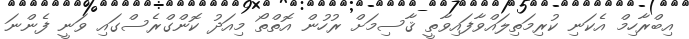
އިބްރާހިމް އެކަނި ކުރިމަތިލައްވާފައިވާތީ ޤާސިމަށް ރުހުން އޮތްތޯ މިއަދު ކޮންގްރެސްގައި ވަނީ ފެންނަ